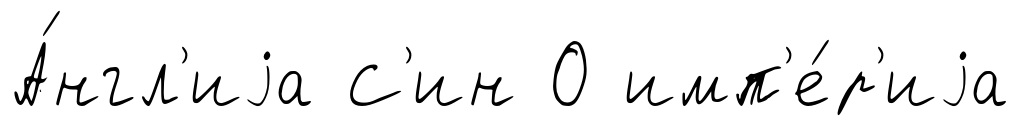
А́нгл'иjа С'ин О имп'е́р'иjа